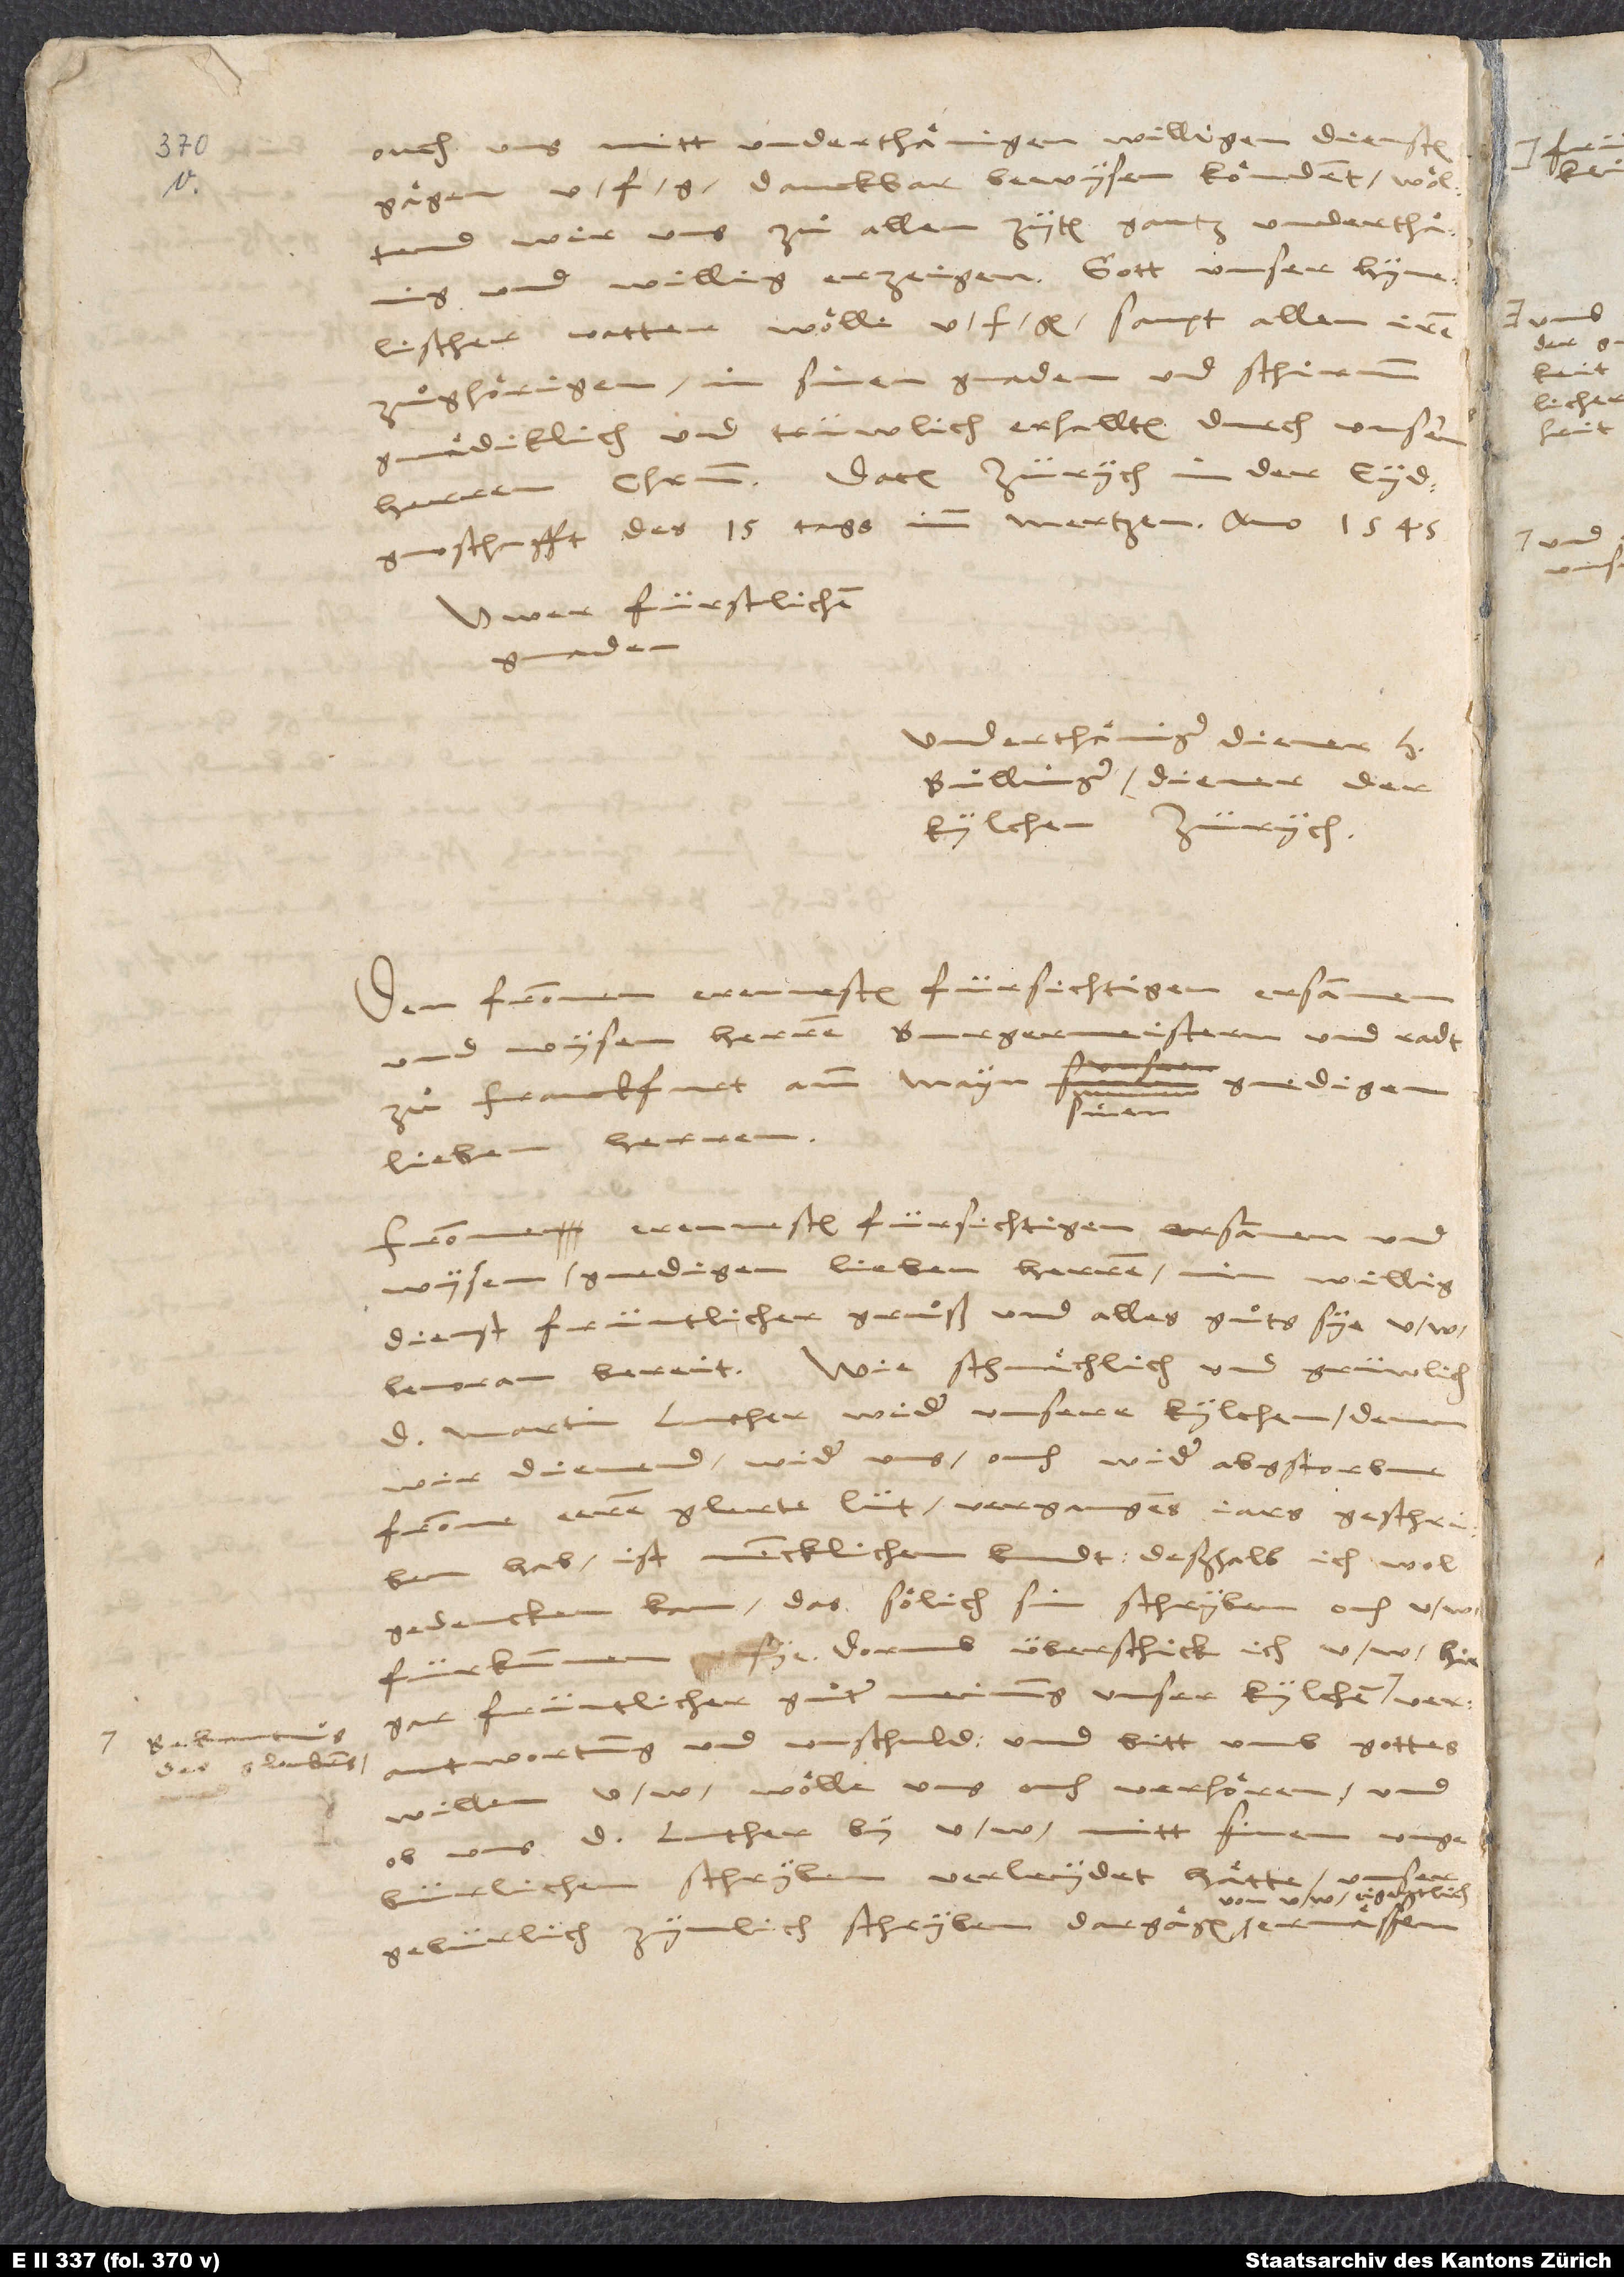
1545.

danckbar bewysen koͤndent, woͤltend
gnaden
Bullinger, diener der
kylchen Zürych.
Den frommen, erenvesten, fürsichtigen, ersammen
wysen herren burgermeistern und radt
gnedigen,
zuͦ Franckfurt amm Mayn,
lieben herren.
Fromen, erenvesten, fürsichtigen, ersammen und
wysen, gnedigen lieben herren, min willig
dienst, früntlicher gruͦß und alles guͦts sye u
d. Martin Luther wider unsere kylchen, denen
wir dienend, wider uns, ouch wider abgestorbne,
fromme eeren, glerte lüt vergangens jars geschriben
hab, ist mencklichem kundt. Deßhalb ich wol
gedencken kan, das soͤlich sin schryben ouch u. w.
gar früntlicher guͦter meinung unser kylchen
verantwortung und unschuld, und bitt umb gottes
willen, u. w. woͤlle uns ouch verhoͤren und,
uns d. Luther by u. w. mitt sinem ungebürlichen
gebürlich, zymlich schryben dargaͤgen von